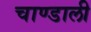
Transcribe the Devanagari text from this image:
चाण्डाली